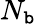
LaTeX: N_{\mathtt{b}}